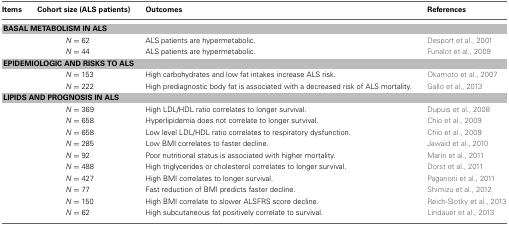
<table><thead><tr><td><b>Items</b></td><td><b>Cohort size (ALS patients)</b></td><td><b>Outcomes</b></td><td><b>References</b></td></tr></thead><tbody><tr><td colspan="4"><b>BASAL METABOLISM IN ALS</b></td></tr><tr><td></td><td><i>N</i> = 62</td><td>ALS patients are hypermetabolic.</td><td>Desport et al., 2001</td></tr><tr><td></td><td><i>N</i> = 44</td><td>ALS patients are hypermetabolic.</td><td>Funalot et al., 2009</td></tr><tr><td colspan="4"><b>EPIDEMIOLOGIC AND RISKS TO ALS</b></td></tr><tr><td></td><td><i>N</i> = 153</td><td>High carbohydrates and low fat intakes increase ALS risk.</td><td>Okamoto et al., 2007</td></tr><tr><td></td><td><i>N</i> = 222</td><td>High prediagnostic body fat is associated with a decreased risk of ALS mortality.</td><td>Gallo et al., 2013</td></tr><tr><td colspan="4"><b>LIPIDS AND PROGNOSIS IN ALS</b></td></tr><tr><td></td><td><i>N</i> = 369</td><td>High LDL/HDL ratio correlates to longer survival.</td><td>Dupuis et al., 2008</td></tr><tr><td></td><td><i>N</i> = 658</td><td>Hyperlipidemia does not correlate to longer survival.</td><td>Chio et al., 2009</td></tr><tr><td></td><td><i>N</i> = 658</td><td>Low level LDL/HDL ratio correlates to respiratory dysfunction.</td><td>Chio et al., 2009</td></tr><tr><td></td><td><i>N</i> = 285</td><td>Low BMI correlates to faster decline.</td><td>Jawaid et al., 2010</td></tr><tr><td></td><td><i>N</i> = 92</td><td>Poor nutritional status is associated with higher mortality.</td><td>Marin et al., 2011</td></tr><tr><td></td><td><i>N</i> = 488</td><td>High triglycerides or cholesterol correlates to longer survival.</td><td>Dorst et al., 2011</td></tr><tr><td></td><td><i>N</i> = 427</td><td>High BMI correlates to longer survival.</td><td>Paganoni et al., 2011</td></tr><tr><td></td><td><i>N</i> = 77</td><td>Fast reduction of BMI predicts faster decline.</td><td>Shimizu et al., 2012</td></tr><tr><td></td><td><i>N</i> = 150</td><td>High BMI correlate to slower ALSFRS score decline.</td><td>Reich-Slotky et al., 2013</td></tr><tr><td></td><td><i>N</i> = 62</td><td>High subcutaneous fat positively correlate to survival.</td><td>Lindauer et al., 2013</td></tr></tbody></table>